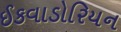
ઈકવાડોરિયન